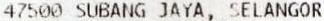
47500 SUBANG JAYA, SELANGOR